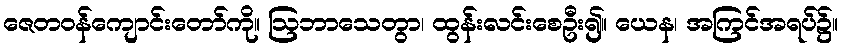
ဇေတဝန်ကျောင်းတော်ကို။ ဩဘာသေတွာ၊ ထွန်းလင်းစေဦး၍။ ယေန၊ အကြင်အရပ်၌။